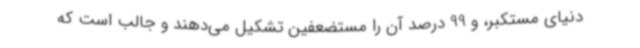
دنیای مستکبر، و 99 درصد آن را مستضعفین تشکیل می‌دهند و جالب است که